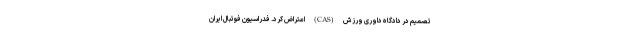
تصمیم در دادگاه داوری ورزش (CAS) اعتراض کرد. فدراسیون فوتبال ایران